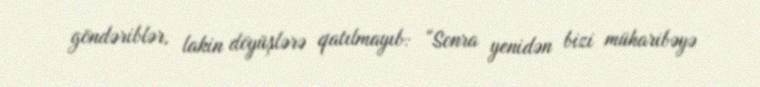
göndəriblər, lakin döyüşlərə qatılmayıb: “Sonra yenidən bizi müharibəyə